Plague in India, 1896, 1897 - Volume 3
Year: 1896
Disease focus: Plague
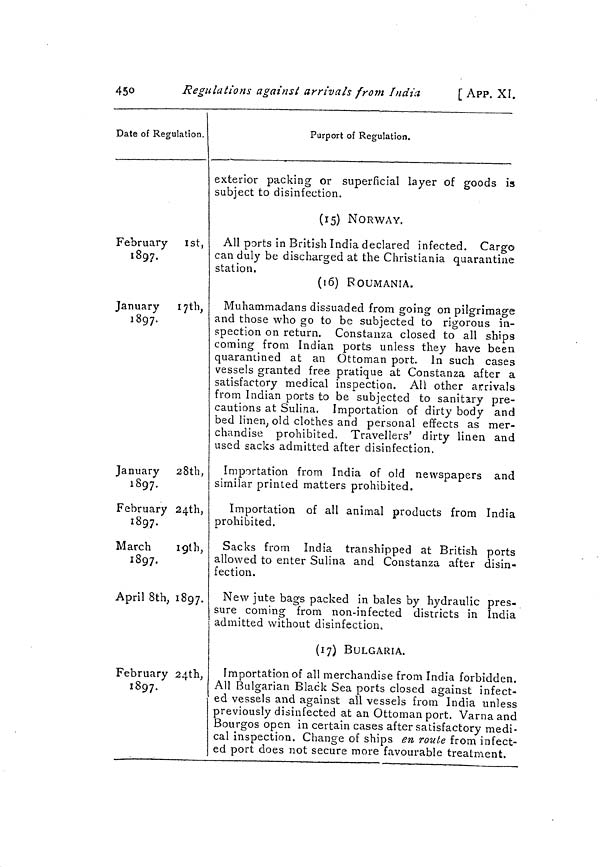
450
Regulations against arrivals from India
[ APP. XI.
Date of Regulation.
February
1st,
1897.
January
I7th,
1897.
January 28th,
1897.
February 24th,
1897.
March
19th
1897.
April 8th, 1897
February 24th,
1897.
Purport of Regulation.
exterior packing or superficial layer of goods is
subject to disinfection.
(15) NORWAY.
All ports in British India declared infected. Cargo
can duly be discharged at the Christiania quarantine
station.
(16) ROUMANIA.
Muhammadans dissuaded from going on pilgrimage
and those who go to be subjected to rigorous in-
spection on return. Constanza closed to all ships
coming from Indian ports unless they have been
quarantined at an Ottoman port. In such cases
vessels granted free pratique at Constanza after a
satisfactory medical inspection. All other arrivals
from Indian ports to be subjected to sanitary pre-
cautions at Sulina. Importation of dirty body and
bed linen ; old clothes and personal effects as mer-
chandise prohibited. Travellers' dirty linen and
used sacks admitted after disinfection.
Importation from India of old newspapers and
similar printed matters prohibited.
Importation of all animal products from India
prohibited.
Sacks from India transhipped at British ports
allowed to enter Sulina and Constanza after disin-
fection.
New jute bags packed in bales by hydraulic pres-
sure coming from non-infected districts in India
admitted without disinfection.
(17) BULGARIA.
Importation of all merchandise from India forbidden.
All Bulgarian Black Sea ports closed against infect-
ed vessels and against all vessels from India unless
previously disinfected at an Ottoman port. Varna and
Bourgos open in certain cases after satisfactory medi-
cal inspection. Change of ships en route from infect-
ed port does not secure more favourable treatment.